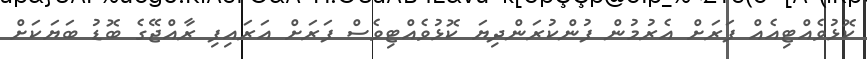
ކޮޅުވެއްޓިއެއް ފަރަށް އެރުމުން ފުންކުރަންދިޔަ ކޮޅުވެއްޓިވެސް ފަރަށް އަރައިފި ރާއްޖޭގެ ބޮޑު ބަޔަކަށް